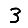
Digit: 3